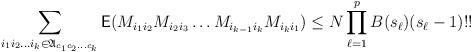
LaTeX: \begin{align*}\sum_{i_1i_2\ldots i_k\in \mathfrak{A}_{c_1c_2\ldots c_k}}\mathsf{E}(M_{i_1i_2}M_{i_2i_3}\ldots M_{i_{k-1}i_k}M_{i_ki_1})\leq N \prod_{\ell=1}^{p}B(s_\ell)(s_{\ell}-1)!!\end{align*}